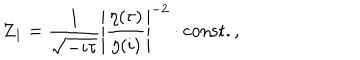
LaTeX: Z _ { 1 } = \frac { 1 } { \sqrt { - i \tau } } \left| \frac { \eta ( \tau ) } { \eta ( i ) } \right| ^ { - 2 } \cdot \mathrm { c o n s t . } \, ,